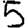
Digit: 5